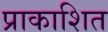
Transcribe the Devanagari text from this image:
प्राकाशित